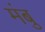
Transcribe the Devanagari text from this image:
मंबु